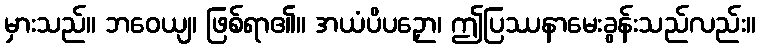
မှားသည်။ ဘဝေယျ၊ ဖြစ်ရာ၏။ အယံပိပဉှော၊ ဤပြဿနာမေးခွန်းသည်လည်း။